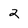
Character: 2